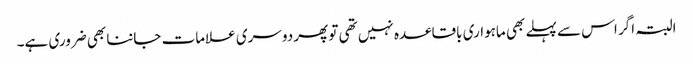
البتہ اگر اس سے پہلے بھی ماہواری باقاعدہ نہیں تھی تو پھر دوسری علامات جاننا بھی ضروری ہے۔